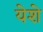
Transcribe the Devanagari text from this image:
येशे